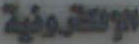
الإلكترونية